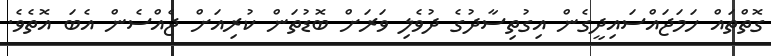
ގޮތްތައް ހަމަޖައްސައިދީގެން އިގުތިސާދުގެ ދުވެލި ވަރަށް ބޮޑުތަން ކުރިއަށް ޖެއްސެން އެބަ އޮތެވެ.